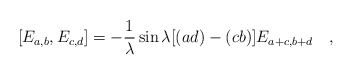
\begin{align*}[E_{a,b}, E_{c,d}]=-{1 \over \lambda }\sin{\lambda[(ad)-(cb)]}E_{a+c,b+d}\quad ,\end{align*}